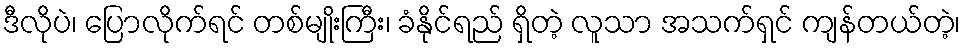
ဒီလိုပဲ၊ ပြောလိုက်ရင် တစ်မျိုးကြီး၊ ခံနိုင်ရည် ရှိတဲ့ လူသာ အသက်ရှင် ကျန်တယ်တဲ့၊